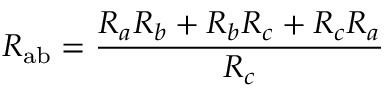
R _ { \mathrm { a b } } = { \frac { R _ { a } R _ { b } + R _ { b } R _ { c } + R _ { c } R _ { a } } { R _ { c } } }